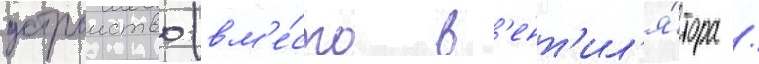
устроиство (вм'е́сто в'ент'ил'я́тора /